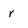
Character: r